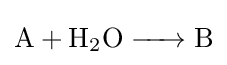
{\ce {A + H2O -> B}}